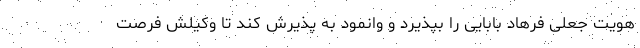
هویت جعلی فرهاد بابایی را بپذیرد و وانمود به پذیرش کند تا وکیلش فرصت